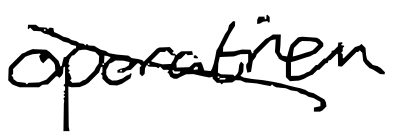
Text: operation
Cross-out: diagonal
Writing tool: digital_black